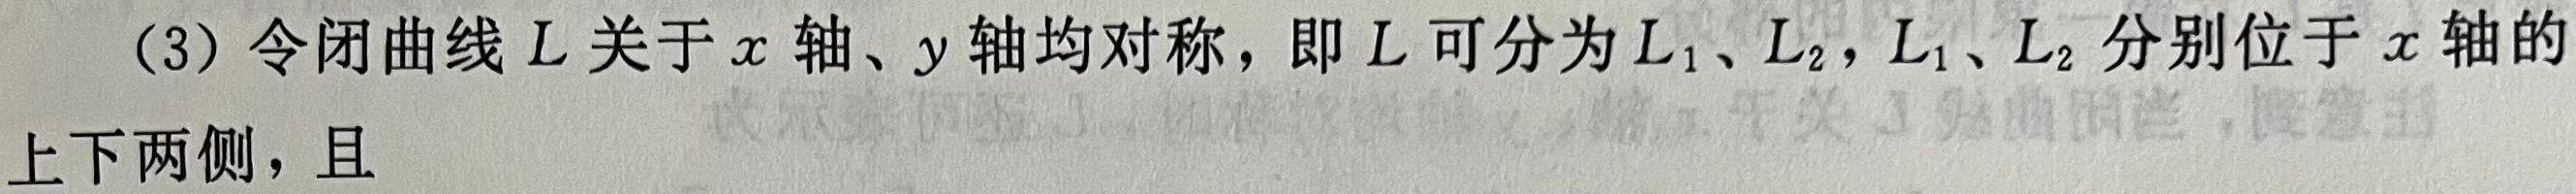
(3) 令闭曲线 $L$ 关于 $x$ 轴、$y$ 轴均对称，即 $L$ 可分为 $L_1$、$L_2$，$L_1$、$L_2$ 分别位于 $x$ 轴的上下两侧，且